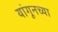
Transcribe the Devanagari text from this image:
यांगूनच्या